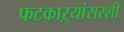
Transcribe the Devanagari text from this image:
फटकाऱ्यांसरशी